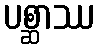
ပစ္ဆာဿ